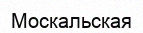
Москальская